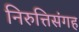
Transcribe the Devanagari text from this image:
निरुत्तिसंगह